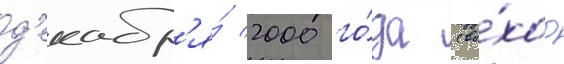
д'екабр'я́ 2000 го́да (вы́ход